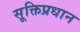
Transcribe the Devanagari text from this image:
सूक्तिप्रधान